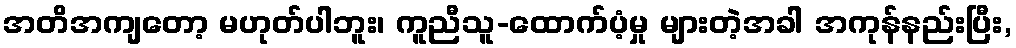
အတိအကျတော့ မဟုတ်ပါဘူး၊ ကူညီသူ-ထောက်ပံ့မှု များတဲ့အခါ အကုန်နည်းပြီး,